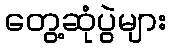
တွေ့ဆုံပွဲများ